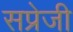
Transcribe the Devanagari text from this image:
सप्रेजी